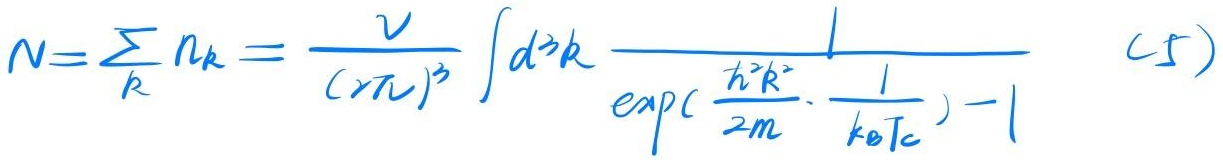
\[N = \sum_{k} n_{k} = \frac{V}{(2\pi)^3} \int d^{3}k \frac{1}{\exp\left(\frac{\hbar^{2}k^{2}}{2m} \cdot \frac{1}{k_{\text{B}}T_{c}}\right) - 1} \quad(5)\]